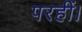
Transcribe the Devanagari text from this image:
परहीं।